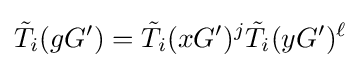
{\tilde {T}}_{i}(gG')={\tilde {T}}_{i}(xG')^{j}{\tilde {T}}_{i}(yG')^{\ell }